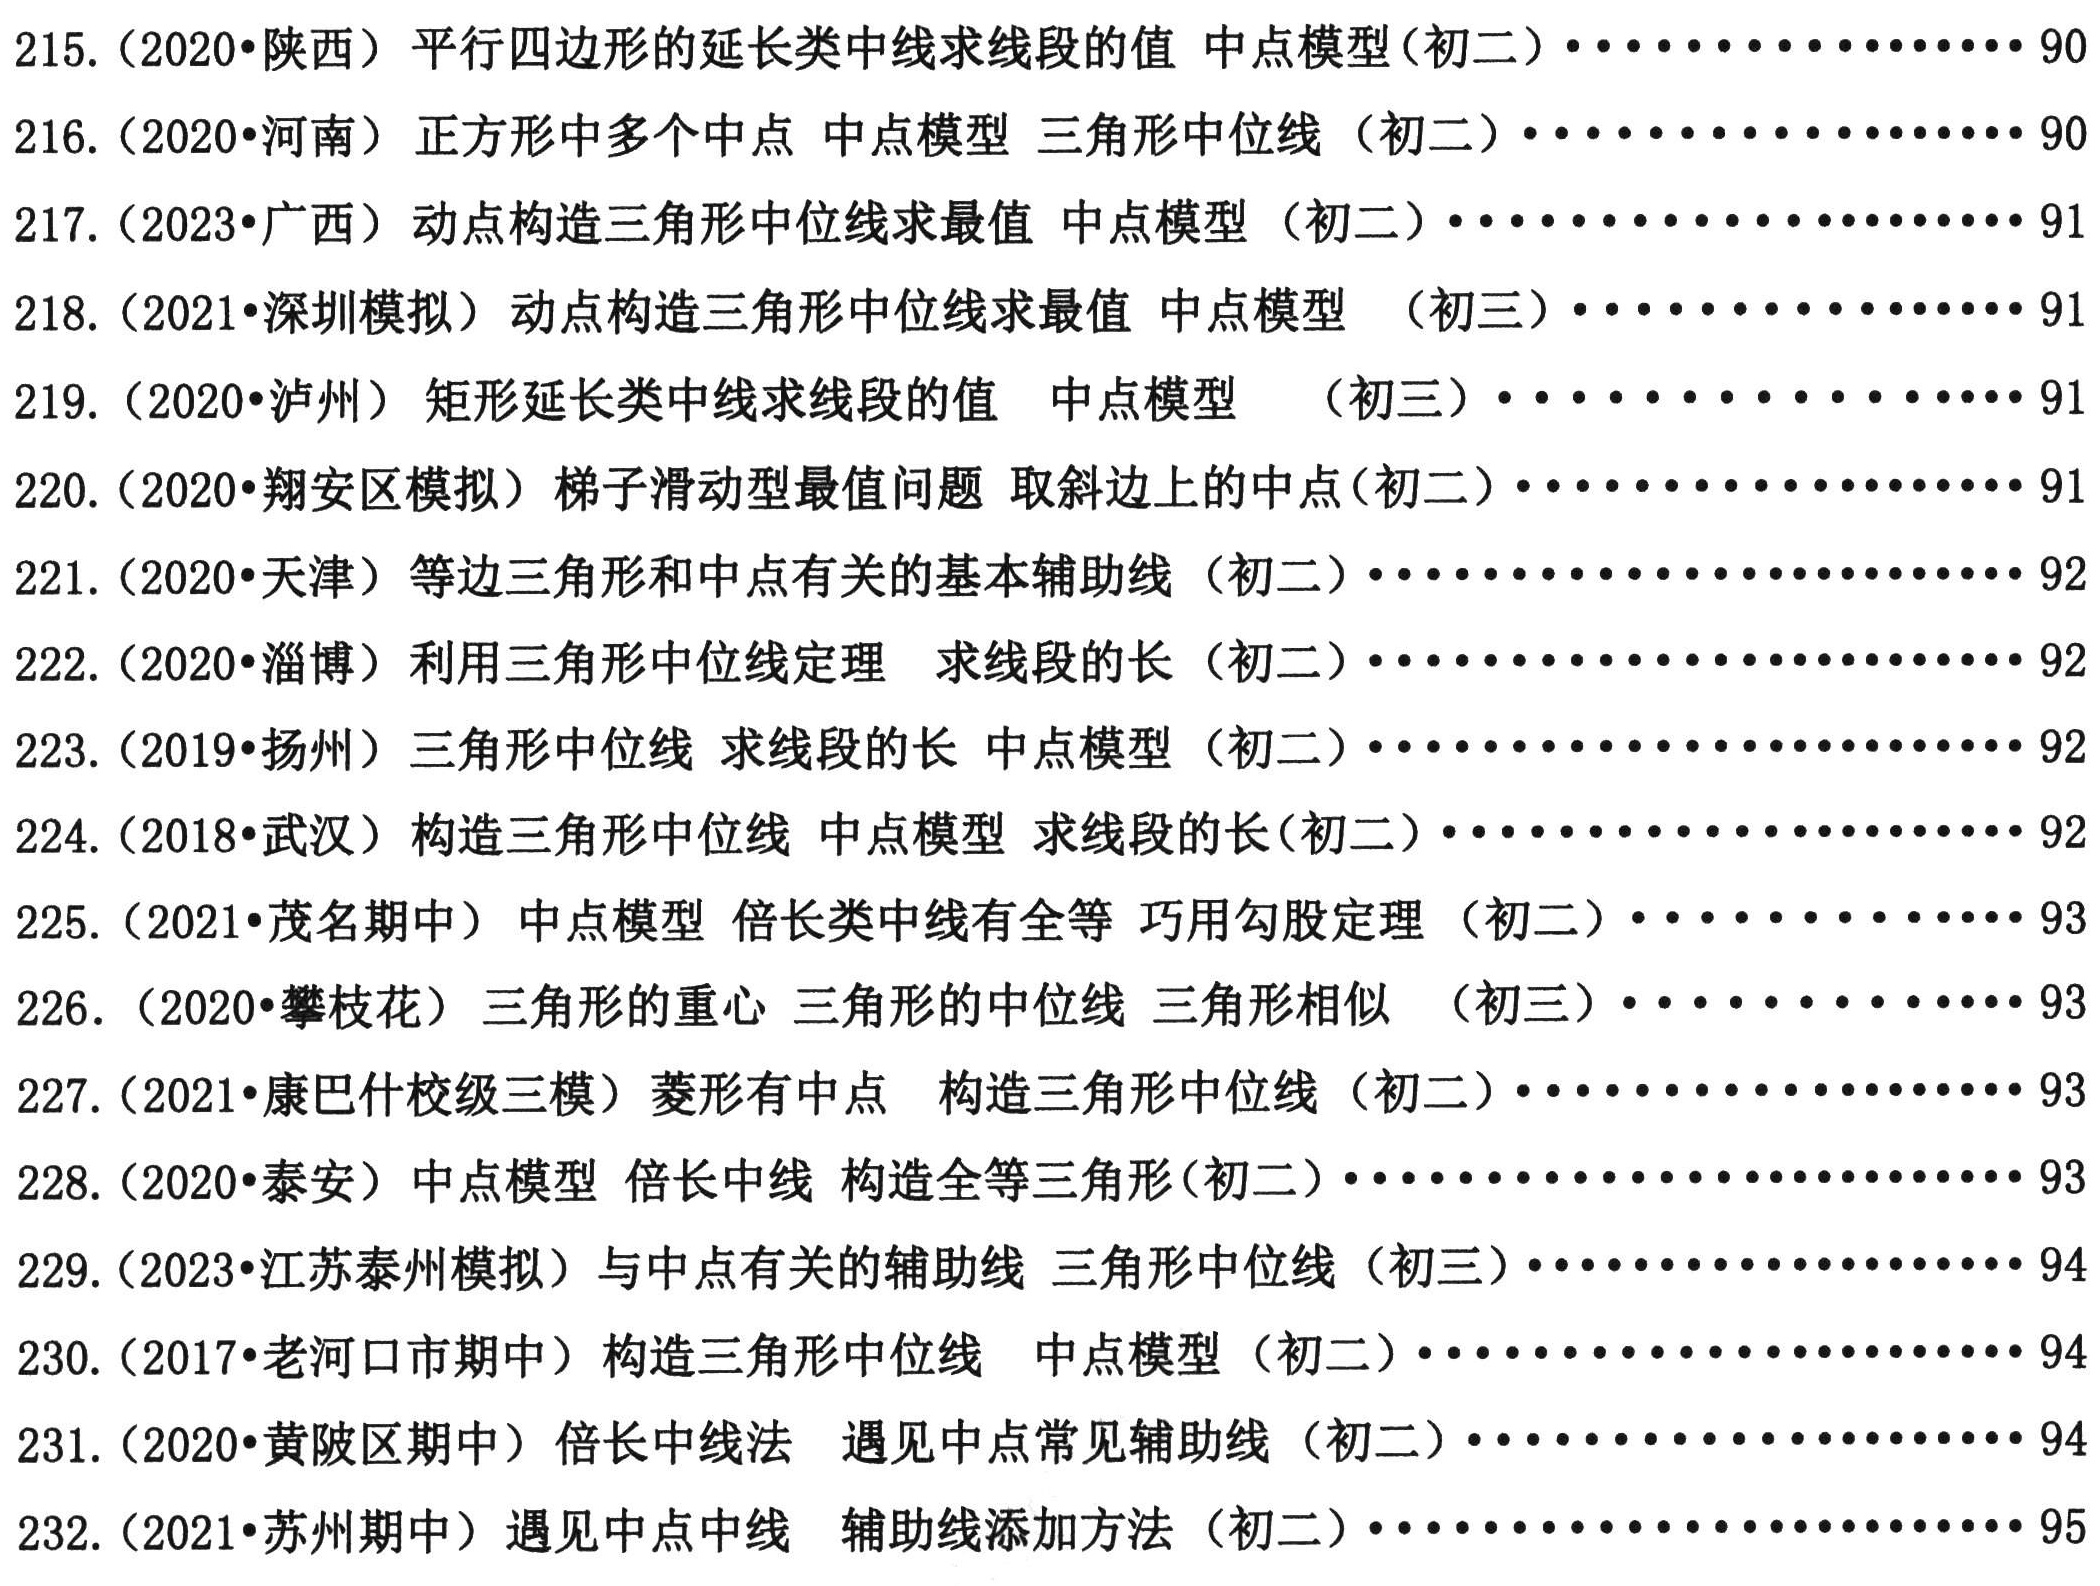
215. (2020•陕西) 平行四边形的延长类中线求线段的值 中点模型(初二)................90\\
216. (2020•河南) 正方形中多个中点 中点模型 三角形中位线 (初二)................90\\
217. (2020•广西) 动点构造三角形中位线求最值 中点模型 (初二)................91\\
218. (2021•深圳模拟) 动点构造三角形中位线求最值 中点模型  (初三)................91\\
219. (2020•泸州) 矩形延长类中线求线段的值 中点模型  (初三)................91\\
220. (2020•翔安区模拟) 梯子滑动型最值问题 取斜边上的中点(初二)................91\\
221. (2020•天津) 等边三角形和中点有关的基本辅助线 (初二)................92\\
222. (2020•淄博) 利用三角形中位线定理 求线段的长 (初二)................92\\
223. (2019•扬州) 三角形中位线 求线段的长 中点模型 (初二)................92\\
224. (2018•武汉) 构造三角形中位线 中点模型 求线段的长(初二)................92\\
225. (2020•茂名期中) 中点模型 倍长中线 巧用勾股定理 (初二)................93\\
226. (2020•攀枝花) 三角形的重心 三角形的中位线 三角形相似 (初三)................93\\
227. (2021•康巴什校级三模) 菱形有中点 构造三角形中位线 (初二)................93\\
228. (2020•泰安) 中点模型 倍长中线 构造全等三角形(初二)................93\\
229. (2023•江苏泰州模拟) 与中点有关的辅助线 三角形中位线 (初三)................94\\
230. (2017•老河口市期中) 构造三角形中位线 中点模型 (初二)................94\\
231. (2020•黄陂区期中) 倍长中线法 遇见中点常见辅助线 (初二)................94\\
232. (2021•苏州期中) 遇见中点中线 辅助线添加方法 (初二)................95\\